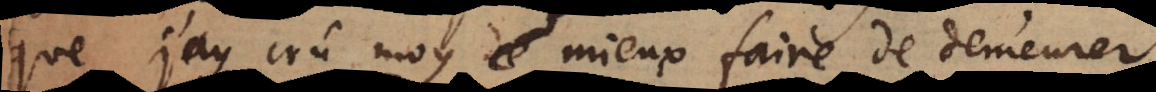
que j’ay crû moy mieux faire de demeurer